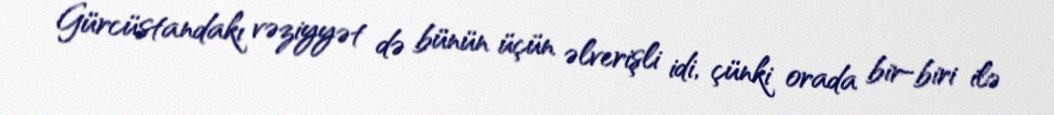
Gürcüstandakı vəziyyət də bünün üçün əlverişli idi, çünki orada bir-biri ilə